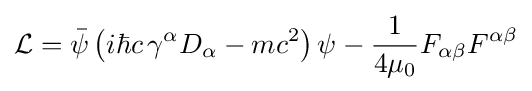
{\mathcal {L}}={\bar {\psi }}\left(i\hbar c\,\gamma ^{\alpha }D_{\alpha }-mc^{2}\right)\psi -{\frac {1}{4\mu _{0}}}F_{\alpha \beta }F^{\alpha \beta }